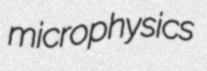
microphysics